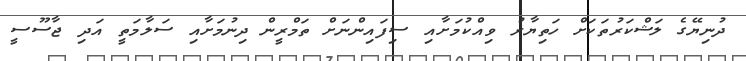
ދުނިޔޭގެ ލަޝްކަރުތަކަށް ހަތިޔާރު ވިއްކުމަށާއި ސިފައިންނަށް ތަމްރީން ދިނުމަށާއި ސަލާމަތީ އަދި ޖާސޫސީ